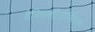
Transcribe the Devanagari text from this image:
हेक्सिलरिसोर्सिनाल